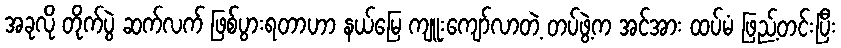
အခုလို တိုက်ပွဲ ဆက်လက် ဖြစ်ပွားရတာဟာ နယ်မြေ ကျူးကျော်လာတဲ့ တပ်ဖွဲ့က အင်အား ထပ်မံ ဖြည့်တင်းပြီး